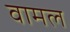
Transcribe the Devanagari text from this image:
वामल